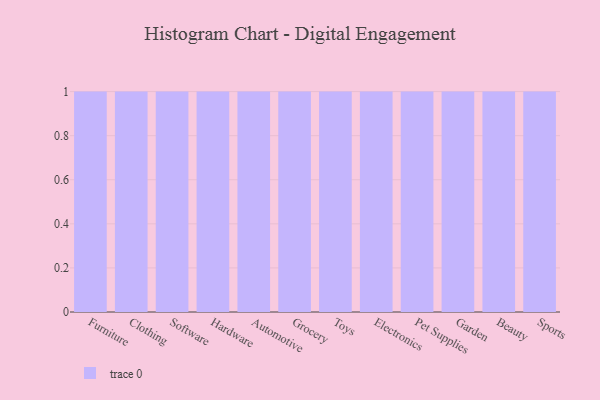
{"axis": {"x": "Category", "y": "Conversion Rate (%)"}, "legend": [""], "data": [{"x": "Furniture", "y": 72, "type": ""}, {"x": "Clothing", "y": 13, "type": ""}, {"x": "Software", "y": 28, "type": ""}, {"x": "Hardware", "y": 41, "type": ""}, {"x": "Automotive", "y": 82, "type": ""}, {"x": "Grocery", "y": 57, "type": ""}, {"x": "Toys", "y": 91, "type": ""}, {"x": "Electronics", "y": 99, "type": ""}, {"x": "Pet Supplies", "y": 22, "type": ""}, {"x": "Garden", "y": 7, "type": ""}, {"x": "Beauty", "y": 11, "type": ""}, {"x": "Sports", "y": 22, "type": ""}]}